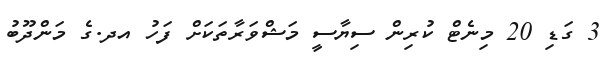
3 ގަޑި 20 މިނެޓް ކުރިން ސިޔާސީ މަޝްވަރާތަކަށް ފަހު އދ.ގެ މަންދޫބު